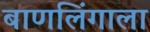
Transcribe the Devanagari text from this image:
बाणलिंगाला